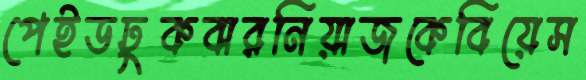
পেইডঢুকবারনিয়াজকেবিয়েস